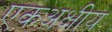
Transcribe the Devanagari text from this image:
एकअक्षीय